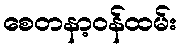
စေတနာ့ဝန်ထမ်း